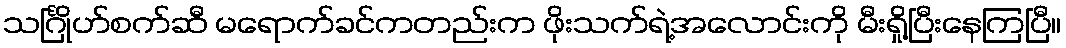
သင်္ဂြိုဟ်စက်ဆီ မရောက်ခင်ကတည်းက ဖိုးသက်ရဲ့အလောင်းကို မီးရှို့ပြီးနေကြပြီ။